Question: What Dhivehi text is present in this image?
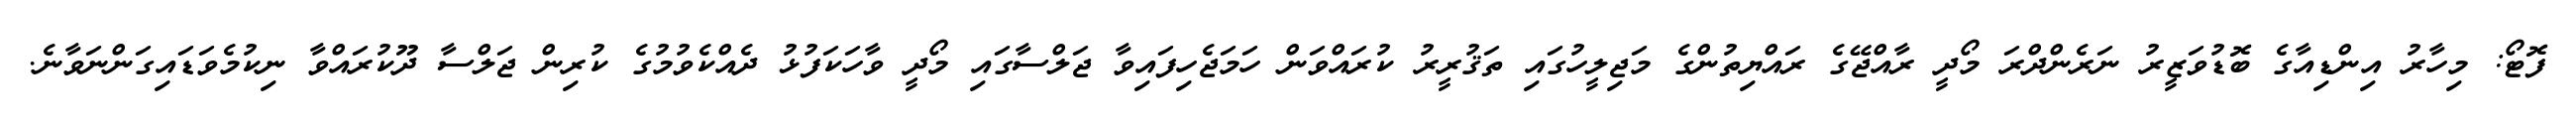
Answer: ފޮޓޯ: މިހާރު އިންޑިއާގެ ބޮޑުވަޒީރު ނަރެންދްރަ މޯދީ ރާއްޖޭގެ ރައްޔިތުންގެ މަޖިލީހުގައި ތަޤުރީރު ކުރައްވަން ހަމަޖެހިފައިވާ ޖަލްސާގައި މޯދީ ވާހަކަފުޅު ދެއްކެވުމުގެ ކުރިން ޖަލްސާ ދޫކުރައްވާ ނިކުމެވަޑައިގަންނަވާނެ.